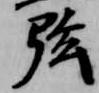
弦